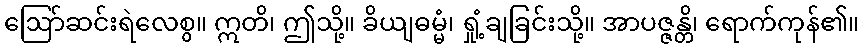
ဩော်ဆင်းရဲလေစွ။ ဣတိ၊ ဤသို့။ ခိယျဓမ္မံ၊ ရှုံ့ချခြင်းသို့။ အာပဇ္ဇန္တိ၊ ရောက်ကုန်၏။